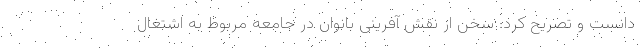
دانست و تصریح کرد: سخن از نقش آفرینی بانوان در جامعه مربوط به اشتغال